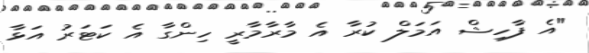
"އެ ފާހިޝް އަމަލް ކުރާ އެ މާރާމާރީ ހިންގާ އެ ކަޓަރު އަޅާ